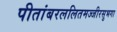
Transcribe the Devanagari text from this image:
पीतांबरललितमज्जीरसुभगा